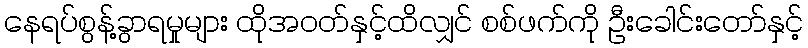
နေရပ်စွန့်ခွာရမှုများ ထိုအဝတ်နှင့်ထိလျှင် စစ်ဖက်ကို ဦးခေါင်းတော်နှင့်